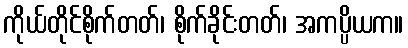
ကိုယ်တိုင်စိုက်တတ်၊ စိုက်ခိုင်းတတ်၊ အကပ္ပိယက။